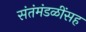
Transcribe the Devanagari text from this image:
संतंमंडळींसह